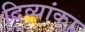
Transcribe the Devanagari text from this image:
दिव्यांका